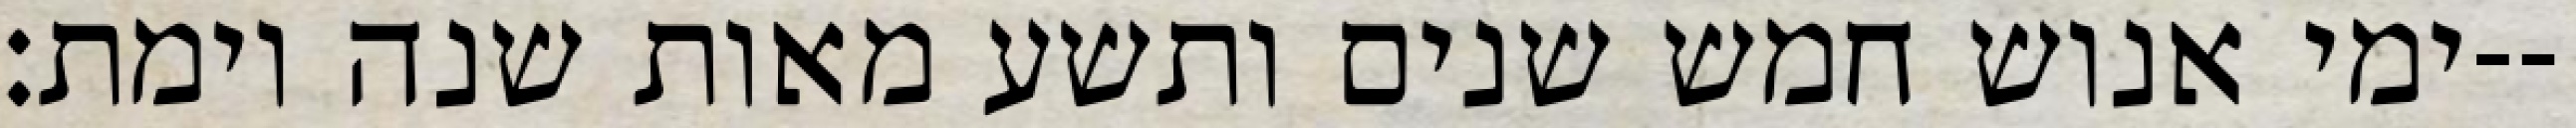
ימי אנוש חמש שנים ותשע מאות שנה וימת׃--